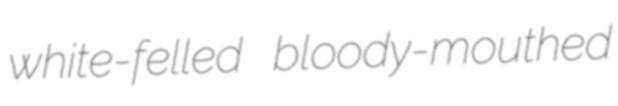
white-felled bloody-mouthed